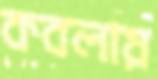
কবলায়